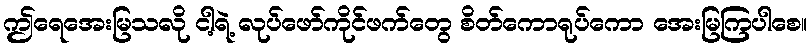
ဤရေအေးမြသလို ငါ့ရဲ့ လုပ်ဖော်ကိုင်ဖက်တွေ စိတ်ကောရုပ်ကော အေးမြကြပါစေ။